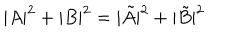
LaTeX: | A | ^ { 2 } + | B | ^ { 2 } = | \tilde { A } | ^ { 2 } + | \tilde { B } | ^ { 2 }